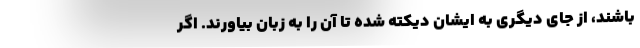
باشند، از جای دیگری به ایشان دیکته شده تا آن را به زبان بیاورند. اگر